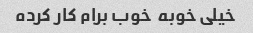
خیلی خوبه  خوب برام کار کرده